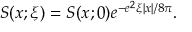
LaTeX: S ( x ; \xi ) = S ( x ; 0 ) e ^ { - e ^ { 2 } \xi \left| x \right| / 8 \pi } .